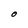
Character: O